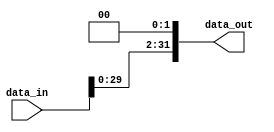
module Shift_left_two0(data_out, data_in);

input 	[31:0] data_in;
output	[31:0] data_out;

assign  	data_out = data_in << 2;
endmodule